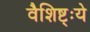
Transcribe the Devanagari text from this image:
वैशिष्ट्ःये